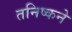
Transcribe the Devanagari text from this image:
तनिष्कने